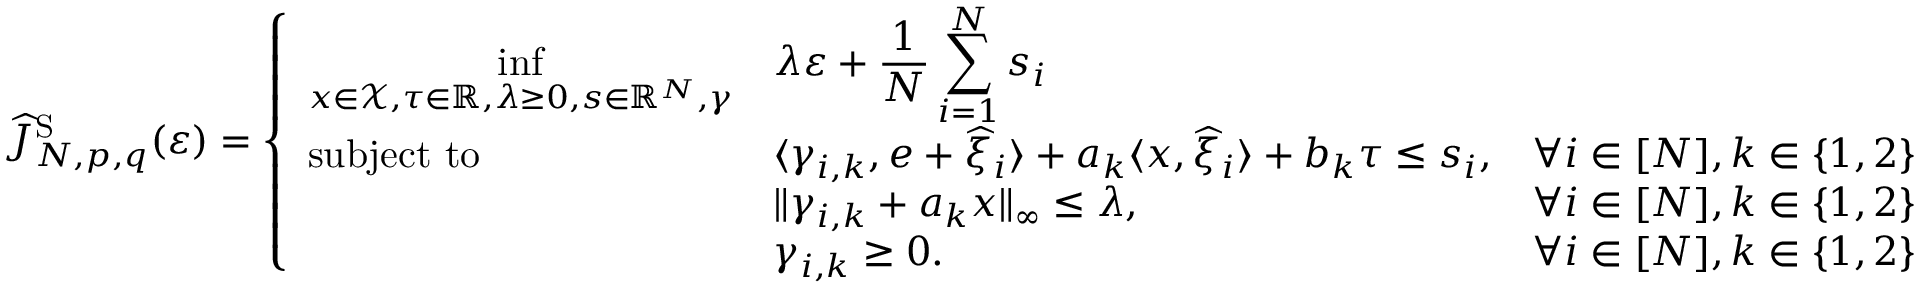
\widehat { J } _ { N , p , q } ^ { \mathrm { S } } ( \varepsilon ) = \left\{ \begin{array} { l l l } { { \displaystyle \operatorname* { i n f } _ { x \in \mathcal { X } , \tau \in \mathbb { R } , \lambda \geq 0 , s \in \mathbb { R } ^ { N } , \gamma } } } & { { \displaystyle \lambda \varepsilon + \frac { 1 } { N } \sum _ { i = 1 } ^ { N } s _ { i } } } & \\ { \mathrm { s u b j e c t ~ t o } } & { { \displaystyle \langle \gamma _ { i , k } , e + \widehat { \xi } _ { i } \rangle + a _ { k } \langle x , \widehat { \xi } _ { i } \rangle + b _ { k } \tau \leq s _ { i } , } } & { \forall i \in [ N ] , k \in \{ 1 , 2 \} } \\ & { \| \gamma _ { i , k } + a _ { k } x \| _ { \infty } \leq \lambda , } & { \forall i \in [ N ] , k \in \{ 1 , 2 \} } \\ & { \gamma _ { i , k } \geq 0 . } & { \forall i \in [ N ] , k \in \{ 1 , 2 \} } \end{array} \right.